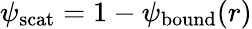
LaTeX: \psi_{\mathrm{scat}}=1-\psi_{\mathrm{bound}}(r)